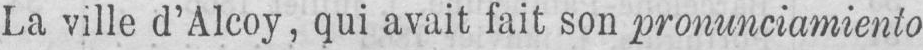
La ville d’Alcoy, qui avait fait son pronunciamiento